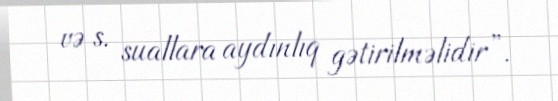
və s. suallara aydınlıq gətirilməlidir”.